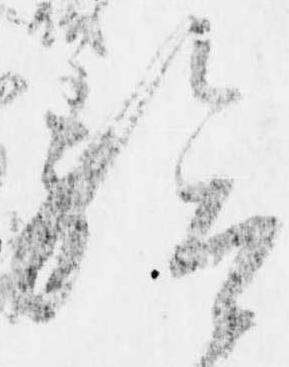
給